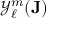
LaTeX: { \mathcal { Y } } _ { \ell } ^ { m } ( { \mathbf { J } } )